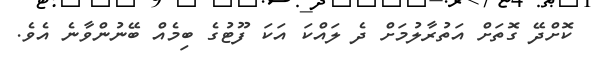
ކޮށްދޭ ގޮތަށް އަތުރާލުމަށް ދެ ލައްކަ އަކަ ފޫޓުގެ ބިމެއް ބޭނުންވާނެ އެވެ.